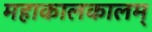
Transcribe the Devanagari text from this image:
महाकालकालम्